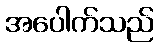
အပေါက်သည်